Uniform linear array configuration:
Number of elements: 48
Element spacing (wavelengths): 0.25
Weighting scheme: uniform
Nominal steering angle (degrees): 0
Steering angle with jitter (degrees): -0.1805
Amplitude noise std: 0.05
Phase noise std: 0.05

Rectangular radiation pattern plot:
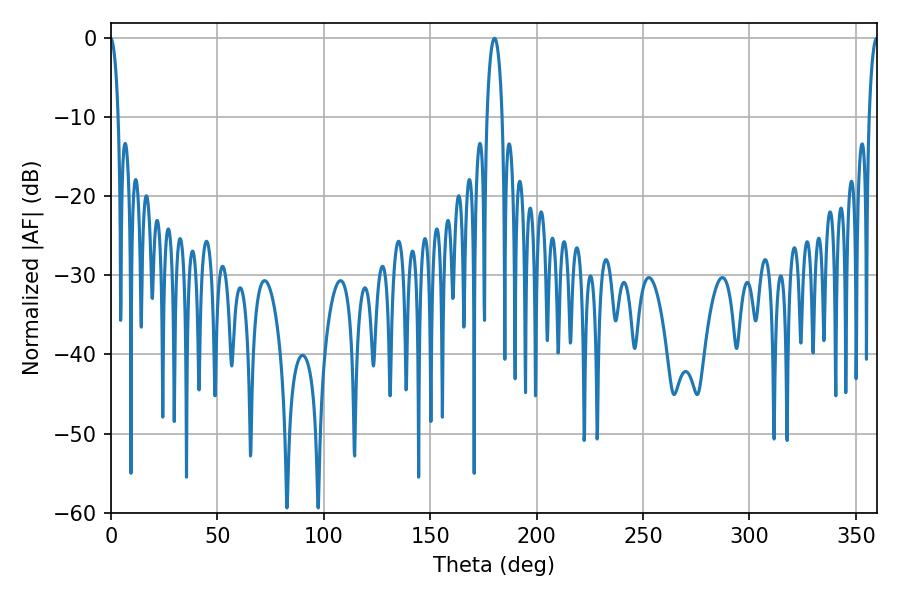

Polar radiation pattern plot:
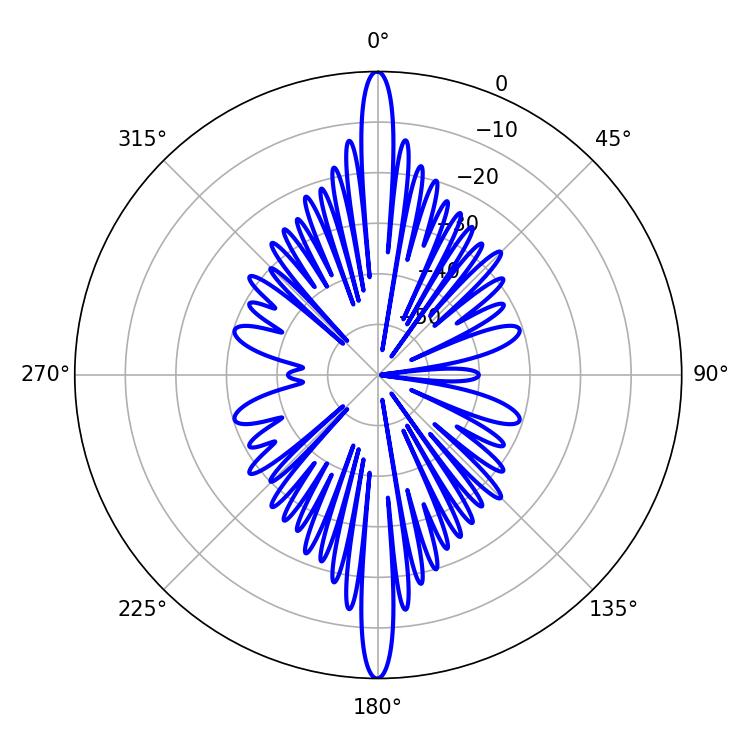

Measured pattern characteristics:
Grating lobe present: FALSE
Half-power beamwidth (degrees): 3.96
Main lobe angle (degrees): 180.18